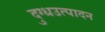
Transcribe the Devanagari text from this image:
दुग्धउत्पादन